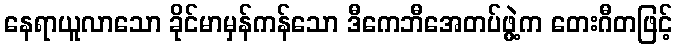
နေရာယူလာသော ခိုင်မာမှန်ကန်သော ဒီကေဘီအေတပ်ဖွဲ့က တေးဂီတဖြင့်